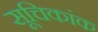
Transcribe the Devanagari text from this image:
सूचिकांक